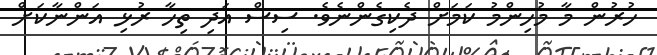
ހުރުން މާ މުހިންމު ކަމަށް ދެކިގެންނެވެ. ސިސް އަދި ތިހާ ރުޅި އަންނާކަށް